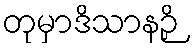
တုမှာဒိသာနဉှိ